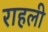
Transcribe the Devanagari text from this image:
राहली